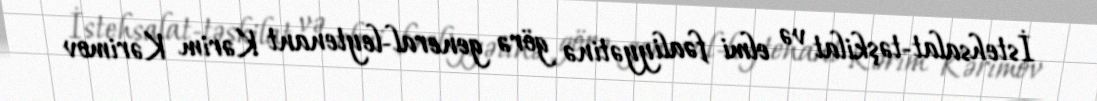
İstehsalat-təşkilat və elmi fəaliyyətinə görə general-leytenant Kərim Kərimov